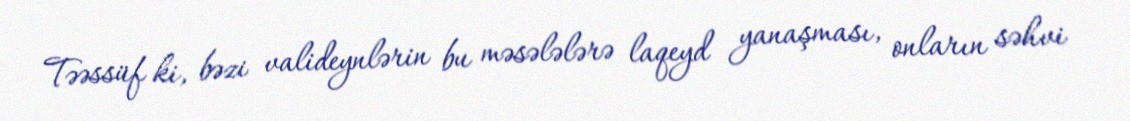
Təəssüf ki, bəzi valideynlərin bu məsələlərə laqeyd yanaşması, onların səhvi